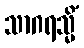
သာဂရသ္မိံ